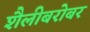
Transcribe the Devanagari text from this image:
शैलीबरोबर